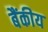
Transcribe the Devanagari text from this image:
बैंकीय